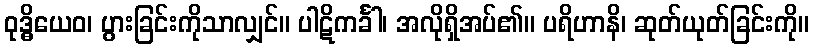
ဝုဒ္ဓိယေဝ၊ ပွားခြင်းကိုသာလျှင်။ ပါဋိကင်္ခါ၊ အလိုရှိအပ်၏။ ပရိဟာနိ၊ ဆုတ်ယုတ်ခြင်းကို။